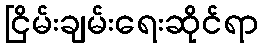
ငြိမ်းချမ်းရေးဆိုင်ရာ